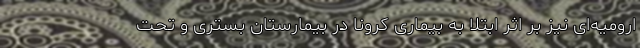
ارومیه‌ای نیز بر اثر ابتلا به بیماری کرونا در بیمارستان بستری و تحت